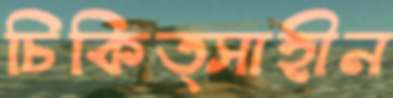
চিকিত্সাহীন